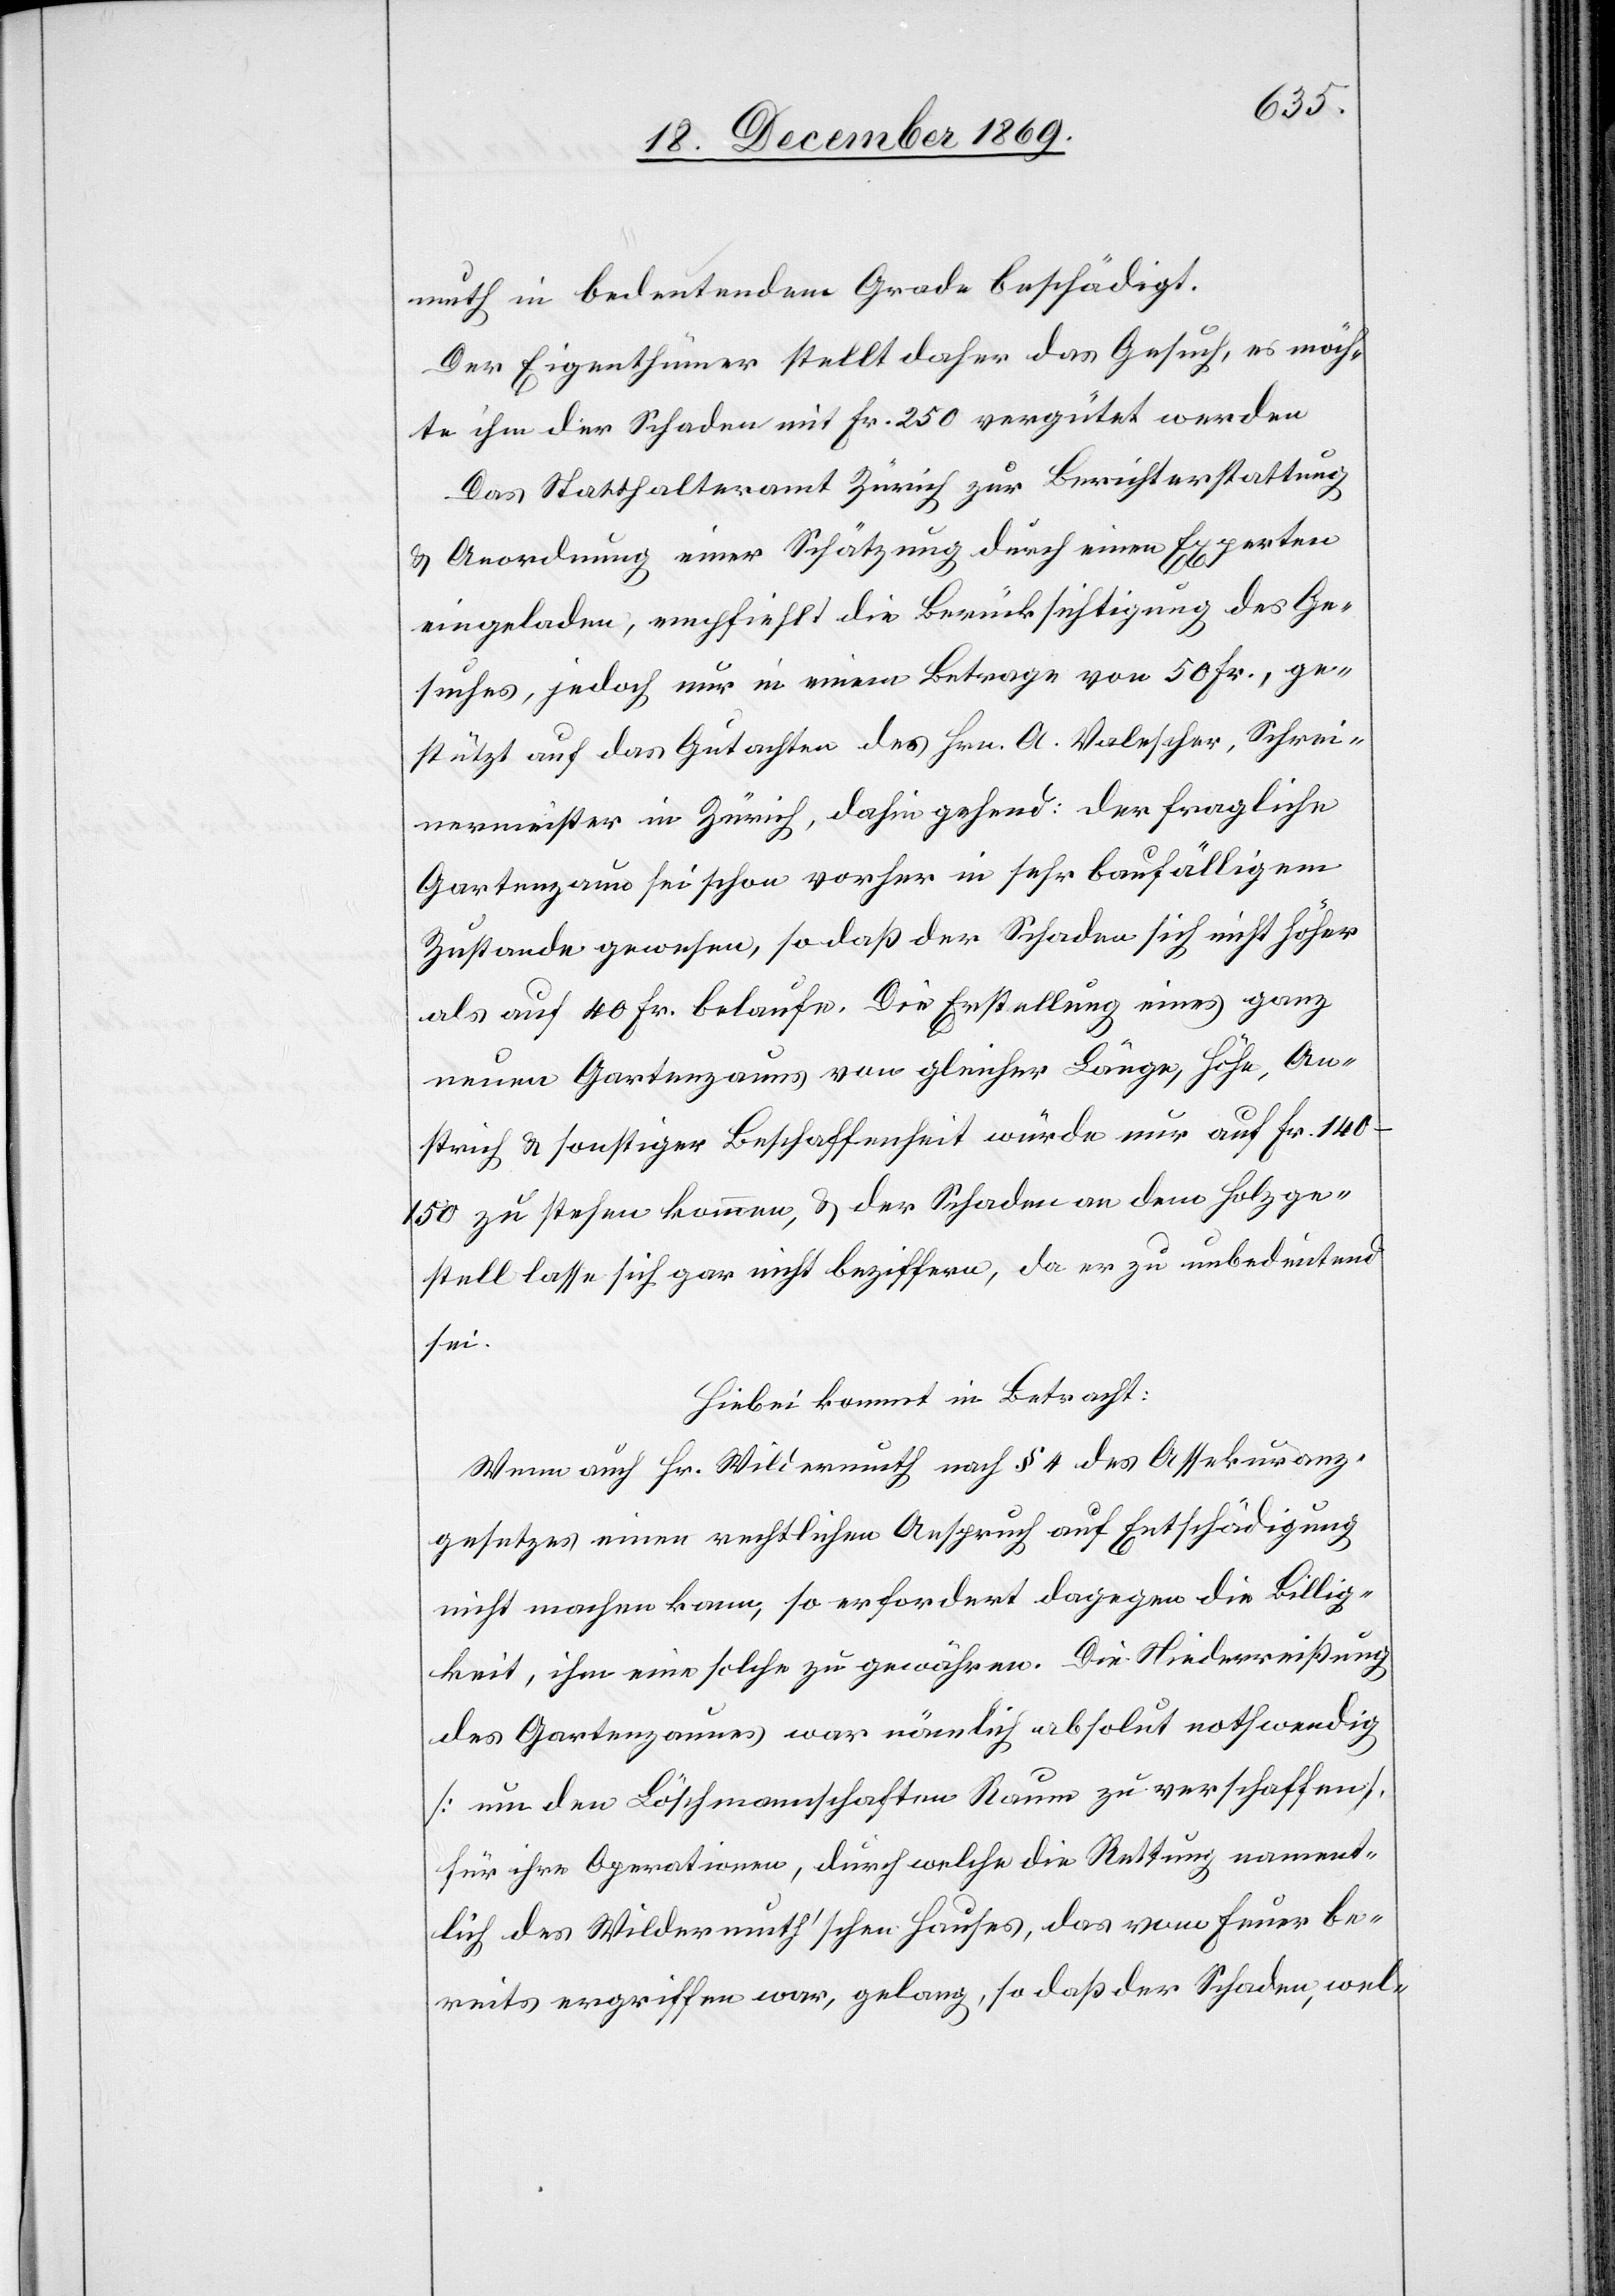
muth in bedeutendem Grade beschädigt.
Der Eigenthümer stellt daher das Gesuch, es möch¬
te ihm der Schaden mit Fr. 250 vergütet werden
Das Statthalteramt Zürich zur Berichterstattung
& Anordnung einer Schätzung durch einen Experten
eingeladen, empfiehlt die Berücksichtigung des Ge¬
suches, jedoch nur in einem Betrage von 50 Fr., ge¬
stützt auf das Gutachten des Hrn. A. Valescher, Schrei¬
nermeister in Zürich, dahin gehend: der fragliche
Gartenzaun sei schon vorher in sehr baufälligem
Zustande gewesen, so daß der Schaden sich nicht höher
als auf 40 Fr. belaufe. Die Erstellung eines ganz
neuen Gartenzauns von gleicher Länge, Höhe, An¬
strich & sonstiger Beschaffenheit würde nur auf Fr.
140–150 zu stehen kommen, & der Schaden an dem Holzge¬
stell lasse sich gar nicht beziffern, da er zu unbedeutend
sei.
Hiebei kommt in Betracht:
Wenn auch Hr. Wildermuth nach § 4 des Assekuranz¬
gesetzes einen rechtlichen Anspruch auf Entschädigung
nicht machen kann, so erfordert dagegen die Billig¬
keit, ihm eine solche zu gewähren. Die Niederreißung
des Gartenzaunes war nämlich absolut nothwendig
[um den Löschmannschaften Raum zu verschaffen],
für ihre Operationen, durch welche die Rettung nament¬
lich des Wildermuth’schen Hauses, das vom Feuer be¬
reits ergriffen war, gelang, so daß der Schaden, wel-